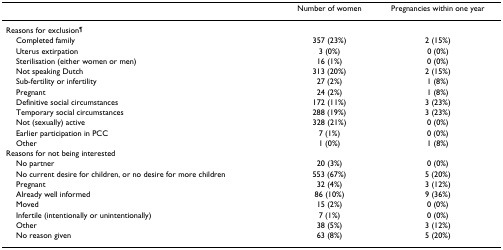
<table><thead><tr><td></td><td><b>Number of women</b></td><td><b>Pregnancies within one year</b></td></tr></thead><tbody><tr><td>Reasons for exclusion<sup>¶</sup></td><td></td><td></td></tr><tr><td> Completed family</td><td>357 (23%)</td><td>2 (15%)</td></tr><tr><td> Uterus extirpation</td><td>3 (0%)</td><td>0 (0%)</td></tr><tr><td> Sterilisation (either women or men)</td><td>16 (1%)</td><td>0 (0%)</td></tr><tr><td> Not speaking Dutch</td><td>313 (20%)</td><td>2 (15%)</td></tr><tr><td> Sub-fertility or infertility</td><td>27 (2%)</td><td>1 (8%)</td></tr><tr><td> Pregnant</td><td>24 (2%)</td><td>1 (8%)</td></tr><tr><td> Definitive social circumstances</td><td>172 (11%)</td><td>3 (23%)</td></tr><tr><td> Temporary social circumstances</td><td>288 (19%)</td><td>3 (23%)</td></tr><tr><td> Not (sexually) active</td><td>328 (21%)</td><td>0 (0%)</td></tr><tr><td> Earlier participation in PCC</td><td>7 (1%)</td><td>0 (0%)</td></tr><tr><td> Other</td><td>1 (0%)</td><td>1 (8%)</td></tr><tr><td>Reasons for not being interested</td><td></td><td></td></tr><tr><td> No partner</td><td>20 (3%)</td><td>0 (0%)</td></tr><tr><td> No current desire for children, or no desire for more children</td><td>553 (67%)</td><td>5 (20%)</td></tr><tr><td> Pregnant</td><td>32 (4%)</td><td>3 (12%)</td></tr><tr><td> Already well informed</td><td>86 (10%)</td><td>9 (36%)</td></tr><tr><td> Moved</td><td>15 (2%)</td><td>0 (0%)</td></tr><tr><td> Infertile (intentionally or unintentionally)</td><td>7 (1%)</td><td>0 (0%)</td></tr><tr><td> Other</td><td>38 (5%)</td><td>3 (12%)</td></tr><tr><td> No reason given</td><td>63 (8%)</td><td>5 (20%)</td></tr></tbody></table>